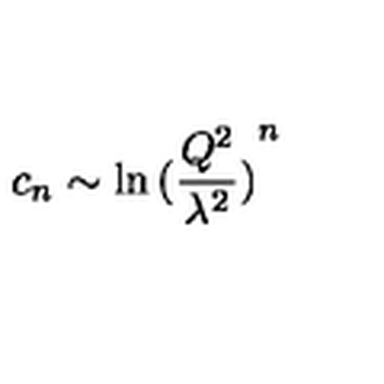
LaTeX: c _ { n } \sim \ln { ( \frac { Q ^ { 2 } } { \lambda ^ { 2 } } ) } ^ { n }